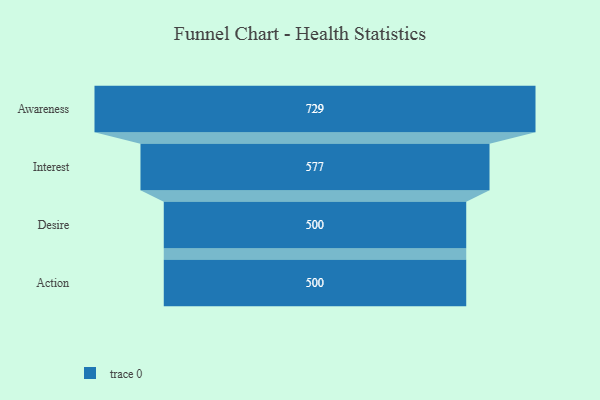
{"axis": {"x": "Stage", "y": "Value"}, "legend": [""], "data": [{"x": "Awareness", "y": 729.0, "type": ""}, {"x": "Interest", "y": 577.0, "type": ""}, {"x": "Desire", "y": 500, "type": ""}, {"x": "Action", "y": 500, "type": ""}]}